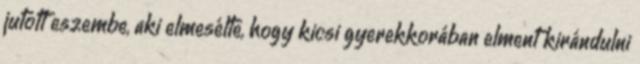
jutott eszembe, aki elmesélte, hogy kicsi gyerekkorában elment kirándulni